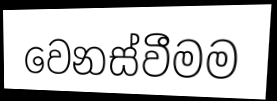
වෙනස්වීමම